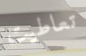
تعاطيت